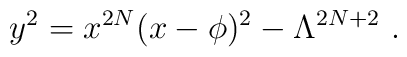
y^2 = x^{2N} (x - \phi)^2 - \Lambda^{2N+2}\ .